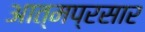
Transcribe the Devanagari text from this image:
आत्मप्रसार